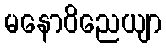
မနောဝိညေယျာ